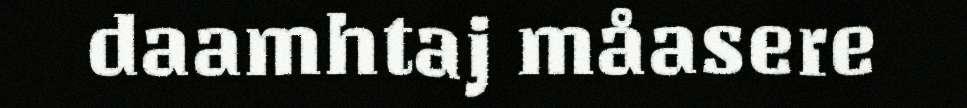
daamhtaj måasere